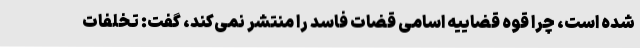
شده است، چرا قوه قضاییه اسامی قضات فاسد را منتشر نمی‌کند، گفت: تخلفات